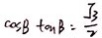
\cos B \tan B = \frac { \sqrt { 3 } } { 2 }